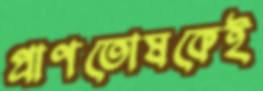
প্রাণতোষকেই